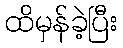
ထိမှန်ခဲ့ပြီး